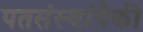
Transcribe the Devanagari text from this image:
पतसंस्थांपैकी